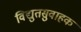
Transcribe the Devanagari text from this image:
विद्युतसुवाहक